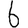
Digit: 6